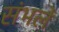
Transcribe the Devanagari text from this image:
संभलें